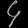
Digit: ၄